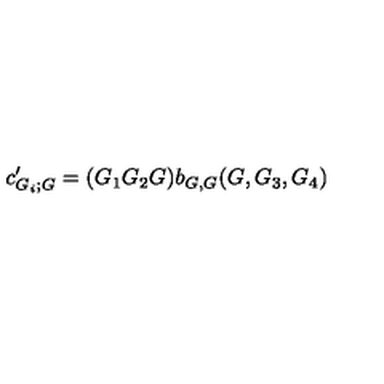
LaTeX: c _ { G _ { i } ; G } ^ { \prime } = ( G _ { 1 } G _ { 2 } G ) b _ { G , G } ( G , G _ { 3 } , G _ { 4 } )